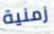
زمنية